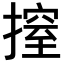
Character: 𢲼